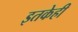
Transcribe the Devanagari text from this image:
इतकेही